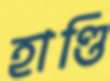
হাণ্ডি